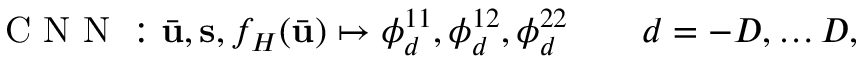
\mathrm { ~ C ~ N ~ N ~ } : \bar { \mathbf { u } } , \mathbf { s } , f _ { H } ( \bar { \mathbf { u } } ) \mapsto \boldsymbol { \phi } _ { d } ^ { 1 1 } , \boldsymbol { \phi } _ { d } ^ { 1 2 } , \boldsymbol { \phi } _ { d } ^ { 2 2 } \qquad d = - D , \ldots D ,